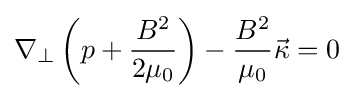
\nabla _{\perp }\left(p+{\frac {B^{2}}{2\mu _{0}}}\right)-{\frac {B^{2}}{\mu _{0}}}{\vec {\kappa }}=0